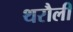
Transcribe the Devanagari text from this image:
थरौली